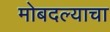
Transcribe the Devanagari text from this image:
मोबदल्याचा